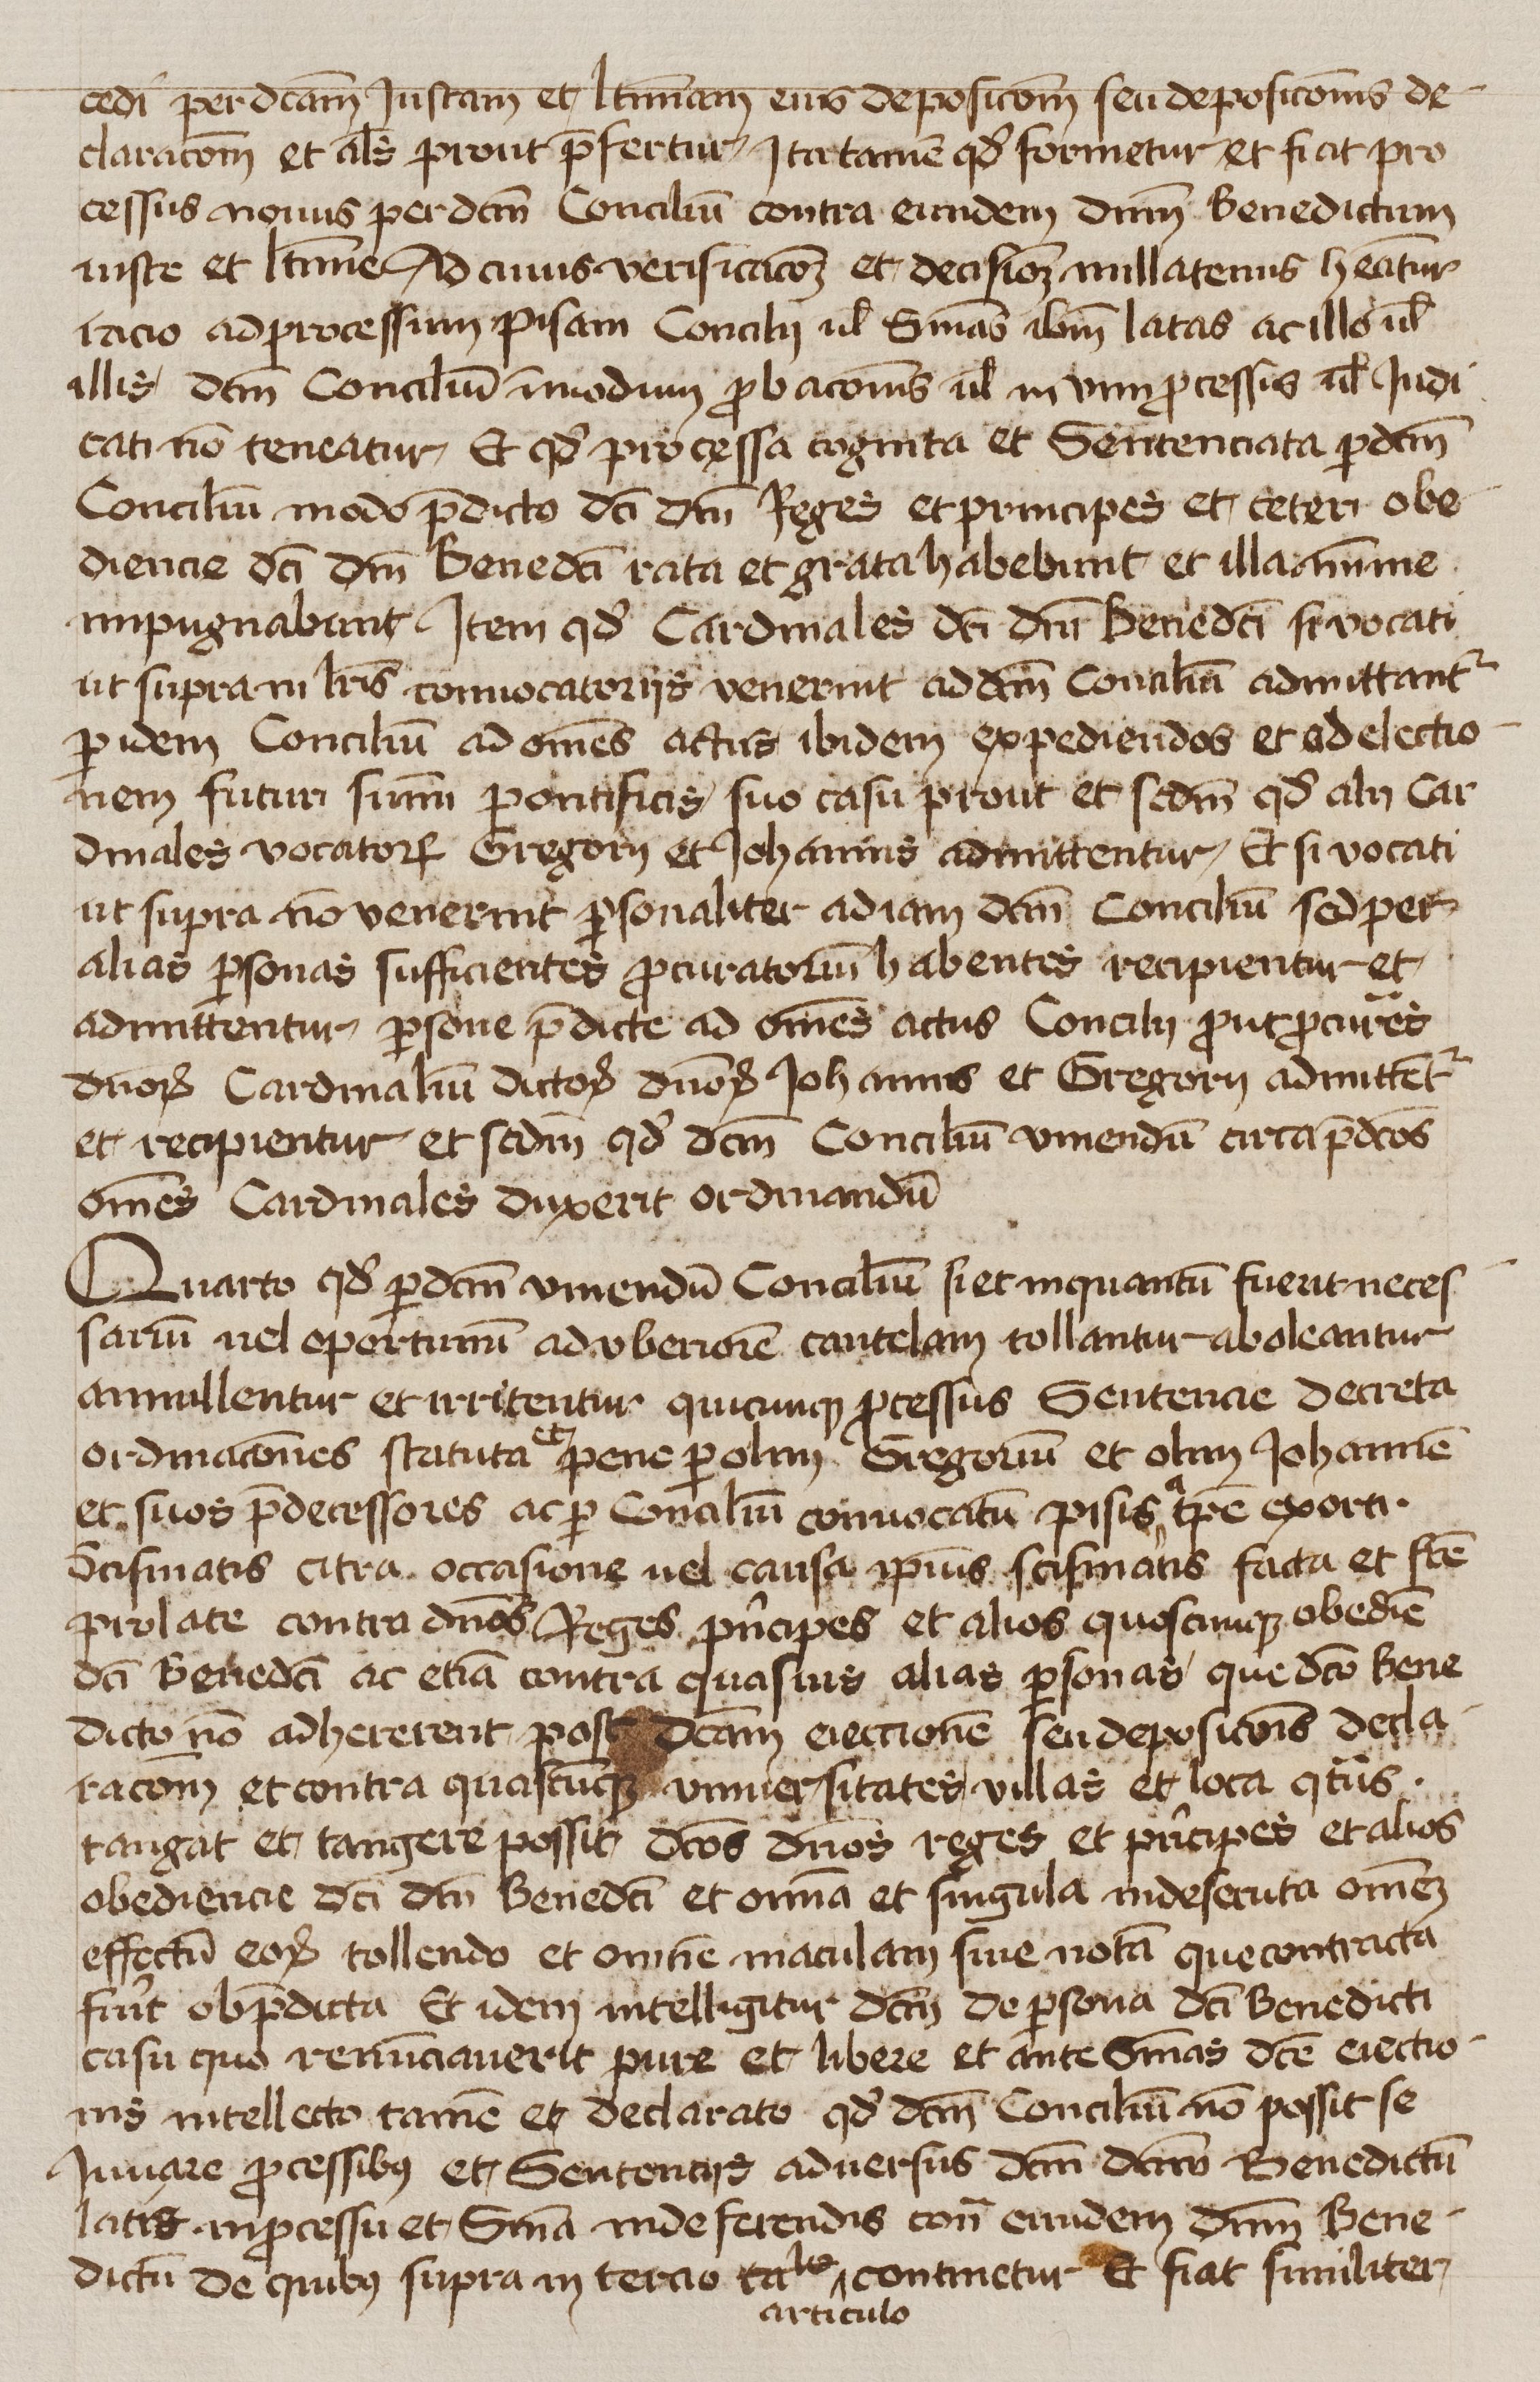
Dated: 1425–1449